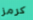
كرمز